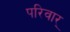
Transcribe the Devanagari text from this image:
परिवार्